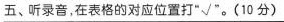
五、听录音,在表格的对应位置打"√".(10 分)